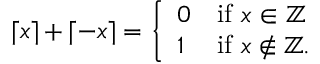
\lceil x \rceil + \lceil - x \rceil = { \left\{ \begin{array} { l l } { 0 } & { { \mathrm { i f ~ } } x \in \mathbb { Z } } \\ { 1 } & { { \mathrm { i f ~ } } x \not \in \mathbb { Z } . } \end{array} \right. }